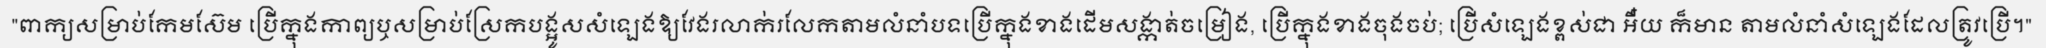
"ពាក្យសម្រាប់កែមស៊ែម ប្រើក្នុងកាព្យឬសម្រាប់ស្រែកបង្អូសសំឡេងឱ្យវែងរលាក់រលែកតាមលំនាំបទប្រើក្នុងខាងដើមសង្កាត់ចម្រៀង, ប្រើក្នុងខាងចុងចប់; ប្រើសំឡេងខ្ពស់ជា អឺ៎យ ក៏មាន តាមលំនាំសំឡេងដែលត្រូវប្រើ។"